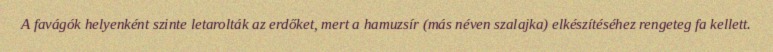
A favágók helyenként szinte letarolták az erdőket, mert a hamuzsír (más néven szalajka) elkészítéséhez rengeteg fa kellett.